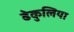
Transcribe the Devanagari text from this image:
ढेकुलिया